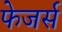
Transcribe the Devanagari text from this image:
फेजर्स